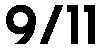
9/11